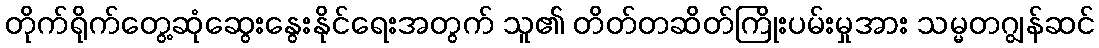
တိုက်ရိုက်တွေ့ဆုံဆွေးနွေးနိုင်ရေးအတွက် သူ၏ တိတ်တဆိတ်ကြိုးပမ်းမှုအား သမ္မတဂျွန်ဆင်